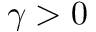
\gamma > 0